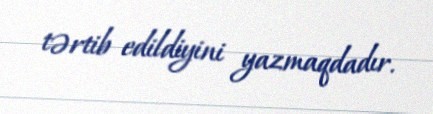
tərtib edildiyini yazmaqdadır.